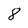
Character: 8